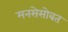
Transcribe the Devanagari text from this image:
मनसेसोबत